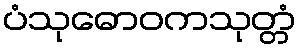
ပံသုဓောဝကသုတ္တံ